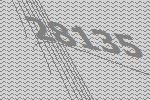
28135